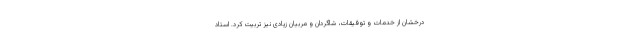
درخشان از خدمات و توفیقات، شاگردان و مربیان زیادی نیز تربیت کرد. استاد